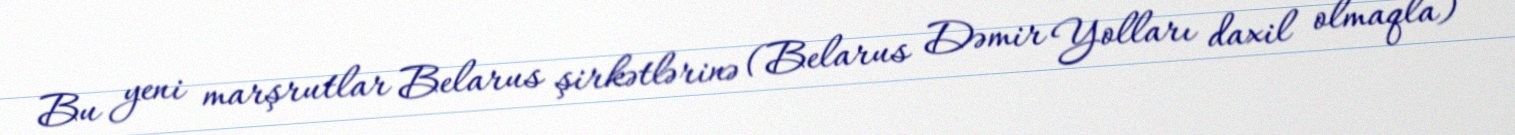
Bu yeni marşrutlar Belarus şirkətlərinə (Belarus Dəmir Yolları daxil olmaqla)